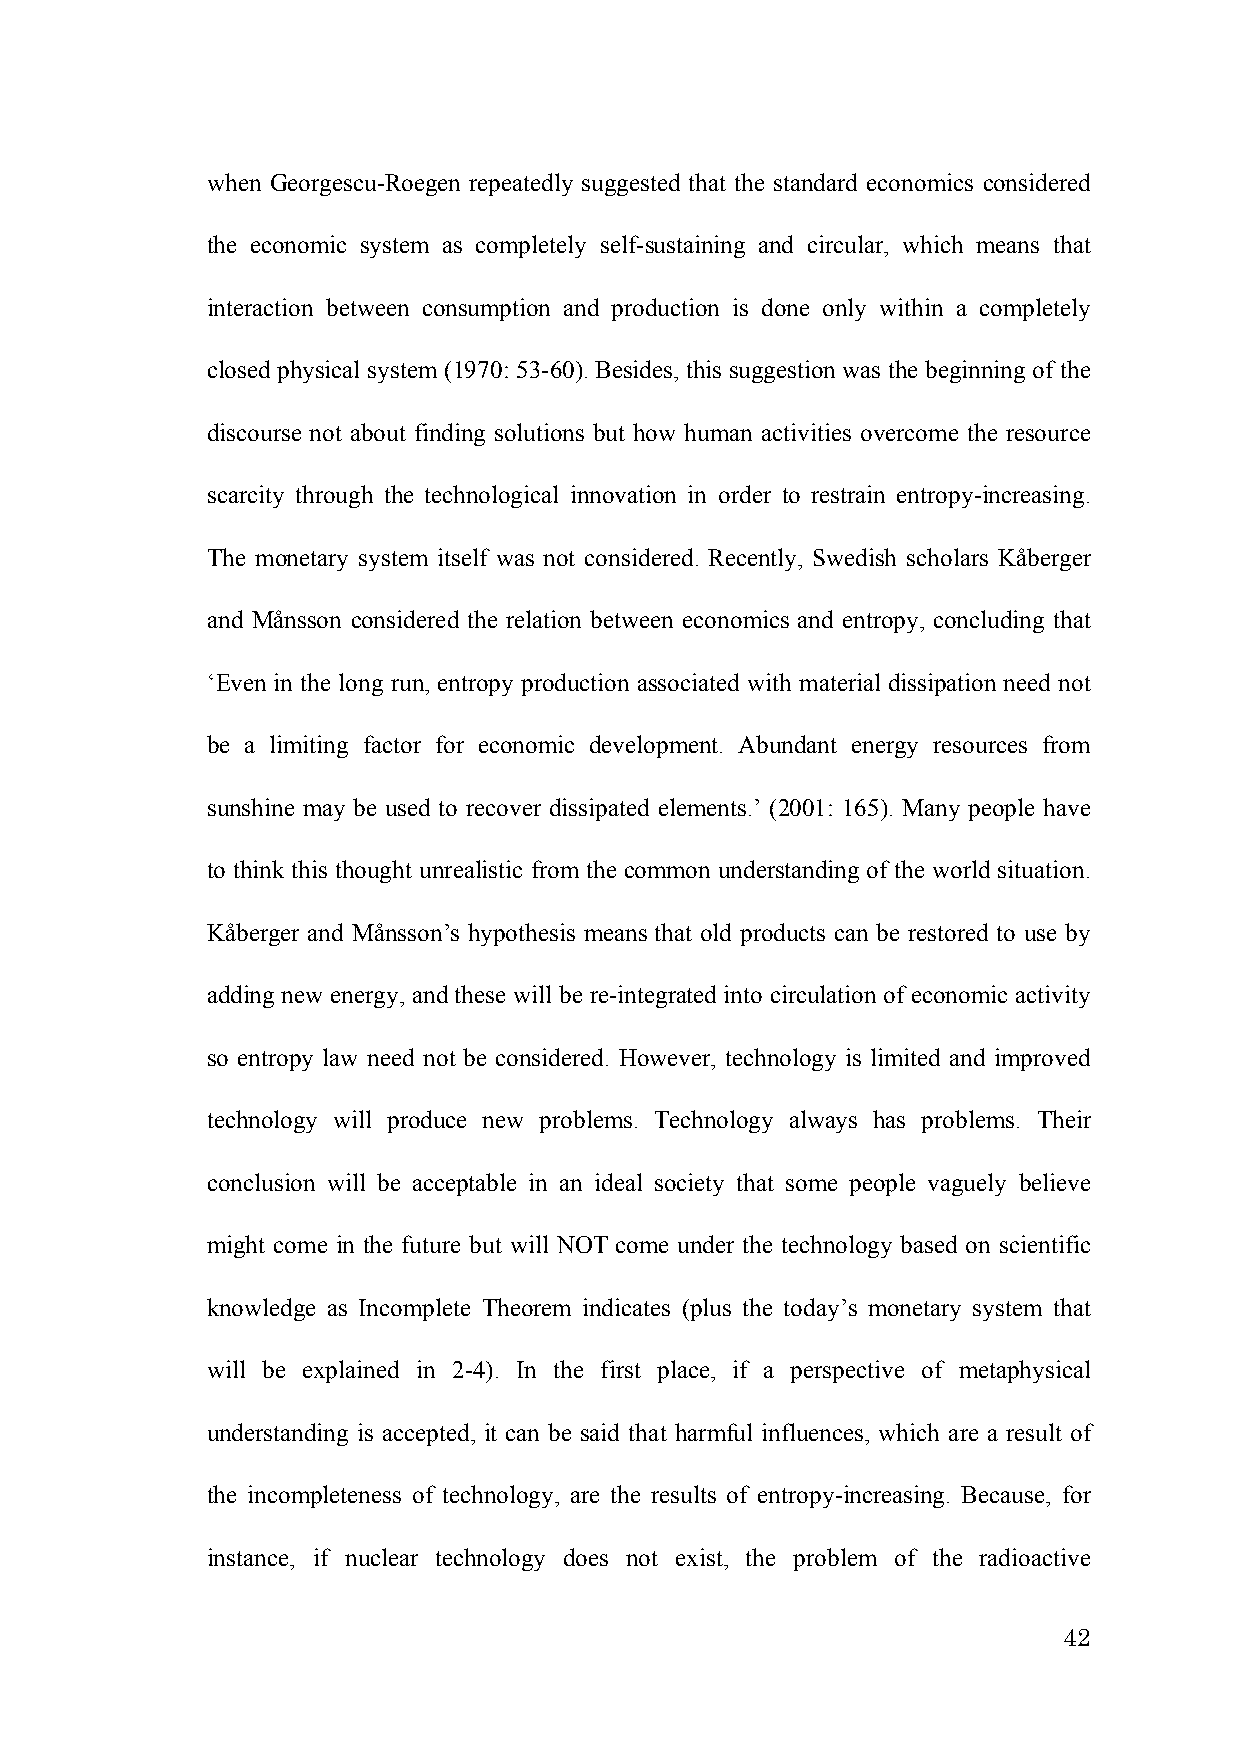
when Georgescu-Roegen repeatedly suggested that the standard economics considered
 the economic system as completely self-sustaining and circular, which means that
 interaction between consumption and production is done only within a completely
 closed physical system (1970: 53-60). Besides, this suggestion was the beginning of the
 discourse not about finding solutions but how human activities overcome the resource
 scarcity through the technological innovation in order to restrain entropy-increasing.
 The monetary system itself was not considered. Recently, Swedish scholars Kåberger
 and Månsson considered the relation between economics and entropy, concluding that
 ‘Even in the long run, entropy production associated with material dissipation need not
 be a limiting factor for economic development. Abundant energy resources from
 sunshine may be used to recover dissipated elements.’ (2001: 165). Many people have
 to think this thought unrealistic from the common understanding of the world situation.
 Kåberger and Månsson’s hypothesis means that old products can be restored to use by
 adding new energy, and these will be re-integrated into circulation of economic activity
 so entropy law need not be considered. However, technology is limited and improved
 technology will produce new problems. Technology always has problems. Their
 conclusion will be acceptable in an ideal society that some people vaguely believe
 might come in the future but will NOT come under the technology based on scientific
 knowledge as Incomplete Theorem indicates (plus the today’s monetary system that
 will be explained in 2-4). In the first place, if a perspective of metaphysical
 understanding is accepted, it can be said that harmful influences, which are a result of
 the incompleteness of technology, are the results of entropy-increasing. Because, for
 instance, if nuclear technology does not exist, the problem of the radioactive
 42